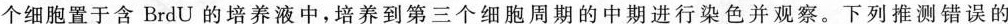
个细胞置于含 BrdU 的培养液中，培养到第三个细胞周期的中期进行染色并观察。下列推测错误的